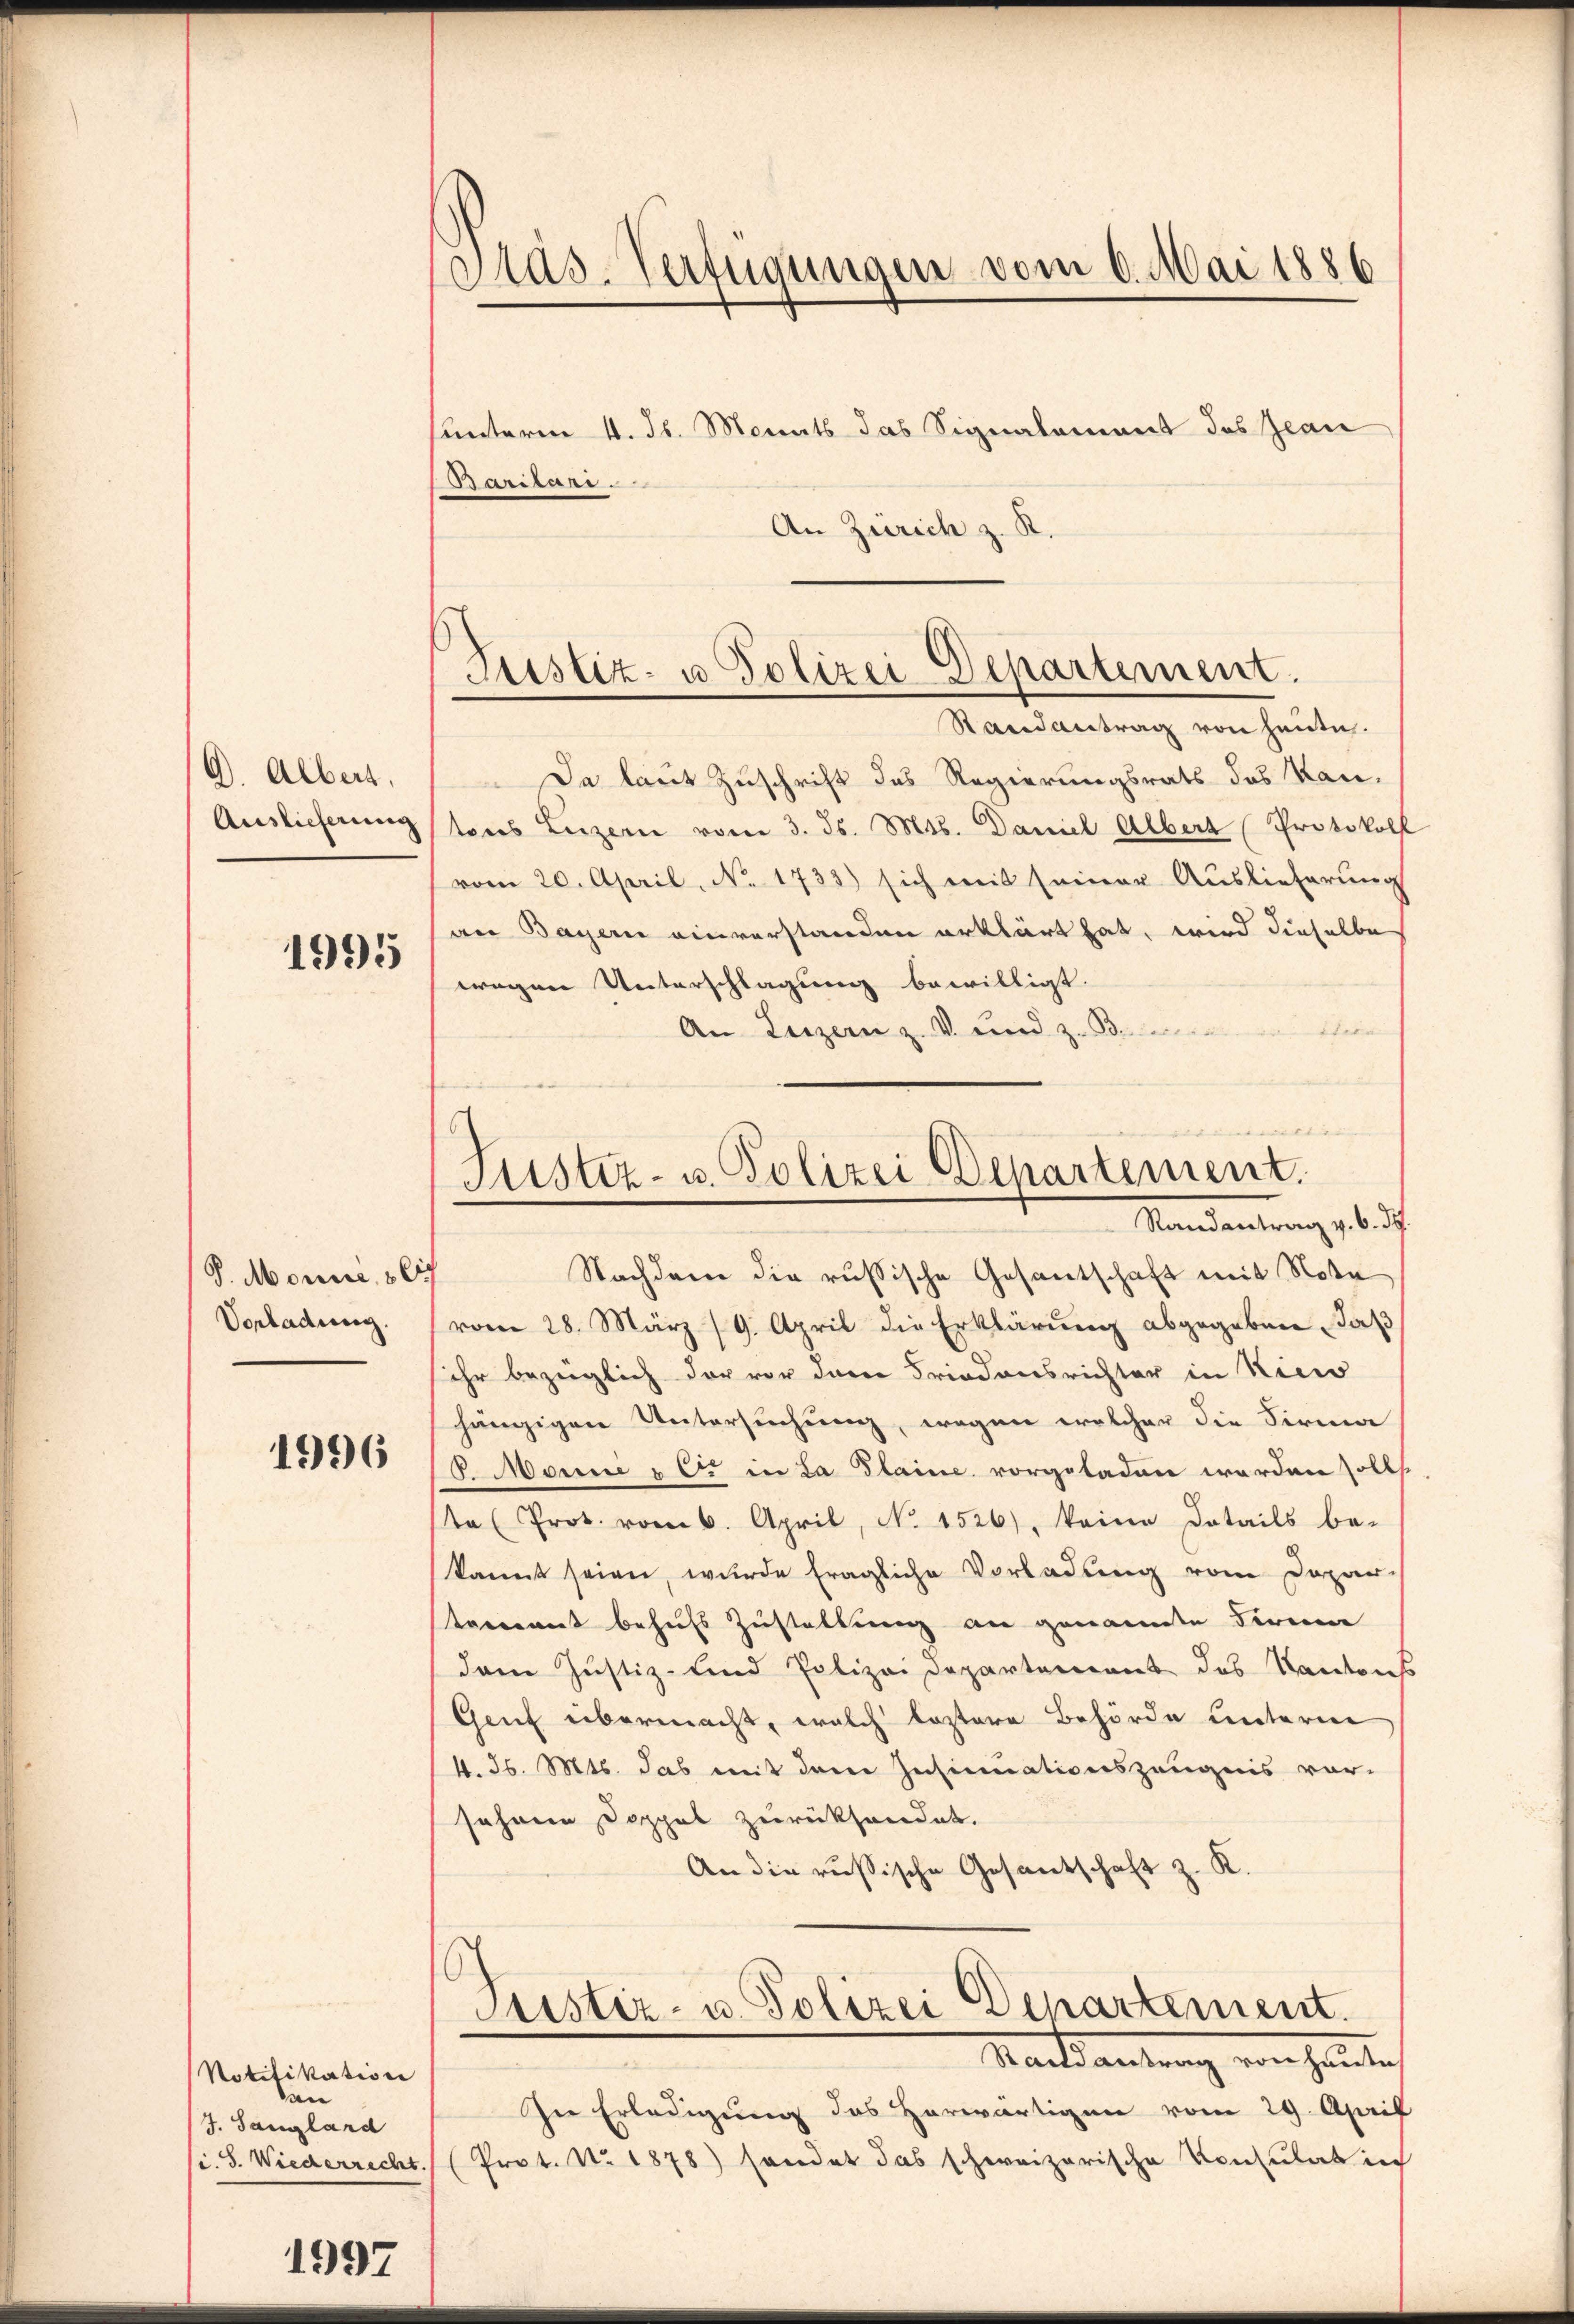
D. Albert,
Auslieferung

1995

J. Morié, 86
Vorladung.

1996

unterm 4. d. Monats das Signalement des Jean
Barilari
An Zürich z. R.

Da laut Zuschrift das Regierungsrats das Kan-
tons Luzern vom 3. ds. Mts. Daniel Albert (Protokoll
vom 20. April, No. 1733) sich mit seiner Auslieferung
an Bayern einverstanden erklärt hat, wird dieselbe
wegen Unterschlagung bewilligt.
itern |
An Luzern z. v. und z. B.

Notifikation
kan
J. Sangland

1997

Pas-Verfügungen vom 6. Mai 1886

Justiz- u. Polizei Departement.
Randantrag von heute.

ge |
Justiz- u. Polizei Departement.
Randantrag v. 6. d.

Nachdem die russische Gesantschaft mit Nota
vom 28. März 19. April die Erklärung abgegeben, daß
sehr bezüglich der vor derer Friedensrichter in Nico
hängigen Untersuchung, wegen welcher die Sirma
8. Manne & Cie in La Plaine vorgeladen werden soll.
te Prot. vom 6. April, No 1526), keine Details be-
kannt seien, wurde fragliche Vorladung vom Dapar-
trrannt behufs Zustellung an genannte Firma
dem Justiz- und Polizei Departement des Kantons
Genf übermacht, welch leztere Behörde unterne
4. d. Mts. das mit dem Insinuationszeugnis vor-
sehene Doppel zurückhandet.
An die russische Gesantschaft z. K.
Pustiz- u. Polizei Departement.
Marck antrag vorheitlich
In Erledigung des Horwärtigen vom 29. April
si. S. Wiederrecht. (Prot. No. 1878) handet das schweizerische Konsulat in